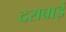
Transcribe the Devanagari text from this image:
दराबाई